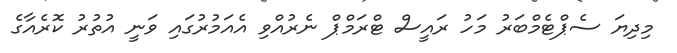
މިދިޔަ ސެޕްޓެމްބަރު މަހު ރައީސް ޓްރަމްޕް ނެރުއްވި އެއަމުރުގައި ވަނީ އުތުރު ކޮރެއާގެ